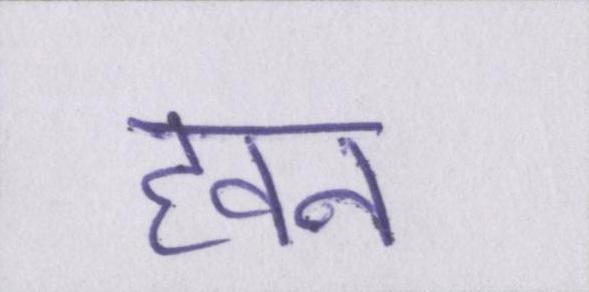
हवन